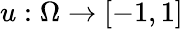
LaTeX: u:\Omega\to[-1,1]